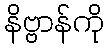
နိဗ္ဗာန်ကို